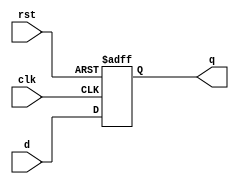
`timescale 1ns / 1ps
//////////////////////////////////////////////////////////////////////////////////
// Class: 			CECS 440 
// 
// Design Name: 
// Module Name:   FlipFlop 
// Project Name: 	Signal-cycle Processor 
// Target Devices: 
// Tool versions: 
// Description: 
//
// Dependencies: 
//
// Revision: 
// Revision 0.01 - File Created
// Additional Comments: 
//
//////////////////////////////////////////////////////////////////////////////////
module FlipFlop(clk, rst, d, q );
//Input
input clk, rst;
input [7:0] d; //8 bits  
//Output
output reg [7:0] q; // 8bits 

always@(posedge clk,posedge rst)
if(rst)
	q <= 8'b0;
else
	q <= d;


endmodule